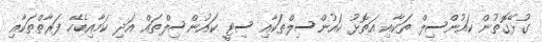
ގުޅޭގޮތުން ކައުންސިލް ތަކާއި އަތޮޅު ކައުންސިލްތަކާއި ސިޓީ ކައުންސިލްތައް އަދި ކަމާއިބެހޭ ފަރާތްތަކާއި